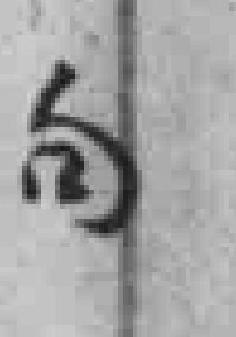
句